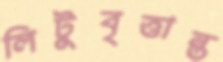
লিটুবৃত্তান্ত